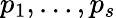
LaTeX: p_{1},\ldots,p_{s}